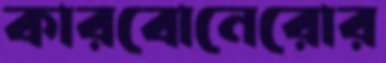
কারবোনেরোর